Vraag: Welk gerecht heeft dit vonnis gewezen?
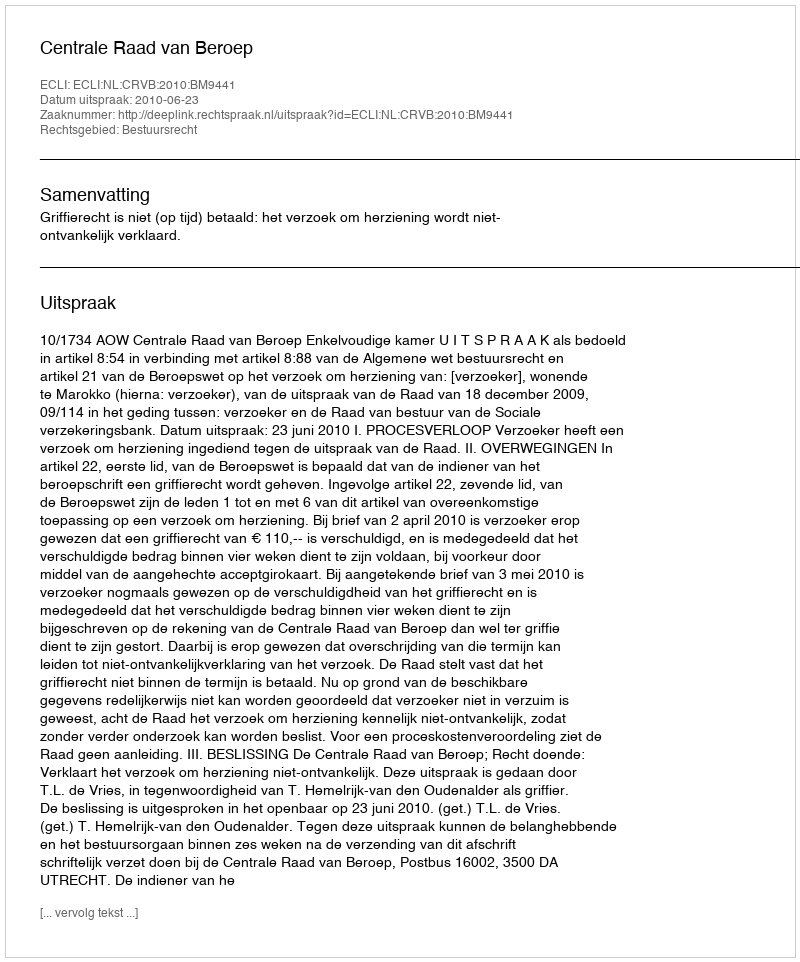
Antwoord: Centrale Raad van Beroep